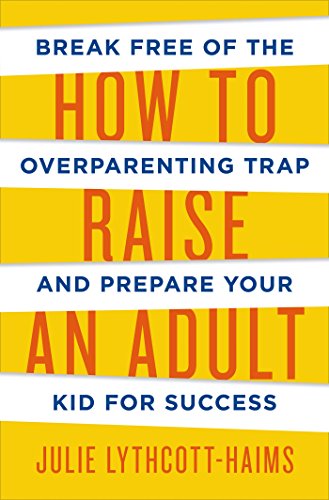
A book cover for How to Raise an Adult: Break Free of the Overparenting Trap and Prepare Your Kid for Success; Julie Lythcott-Haims; Parenting & Relationships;